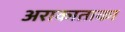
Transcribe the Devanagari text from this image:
अराकाताका